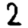
Digit: 2